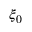
\xi _ { 0 }